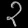
Digit: ၃